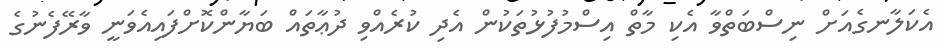
އެކަލާނގެއަށް ނިސްބަތްވާ އެކި މާތް އިސްމުފުޅުތަކުން އެދި ކުރެއްވި ދުޢާތައް ބަޔާންކޮށްފައިއެވަނީ ވާރޭފެނުގެ